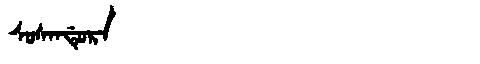
Manchu: ᠰᠣᠰᠠᠨᡩᡠᡵᠠ
Romanization: SOSANDURA